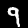
Label: 9